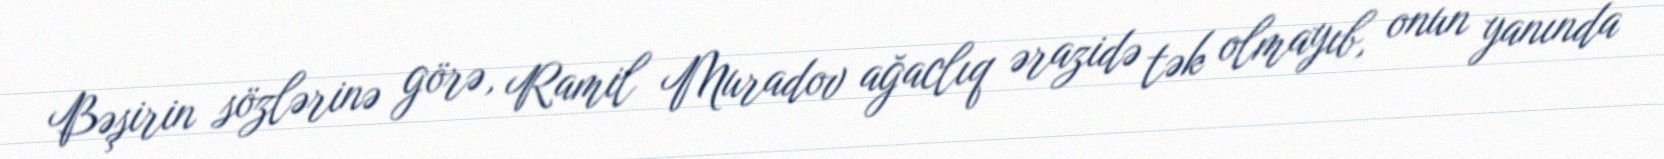
Bəşirin sözlərinə görə, Ramil Muradov ağaclıq ərazidə tək olmayıb, onun yanında